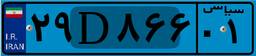
۲۹D۸۶۶۰۱